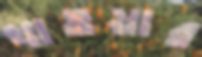
খাওয়ার